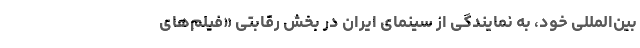
بین‌المللی خود، به نمایندگی از سینمای ایران در بخش رقابتی «فیلم‌های